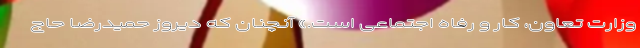
وزارت تعاون، کار و رفاه اجتماعی است.» آنچنان که دیروز حمیدرضا حاج